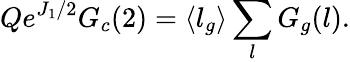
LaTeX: Qe^{J_{1}/2}G_{c}(2)=\langle l_{g}\rangle\sum_{l}G_{g}(l).